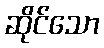
ဆိုင်သော